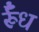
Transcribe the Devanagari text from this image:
र्रूँध